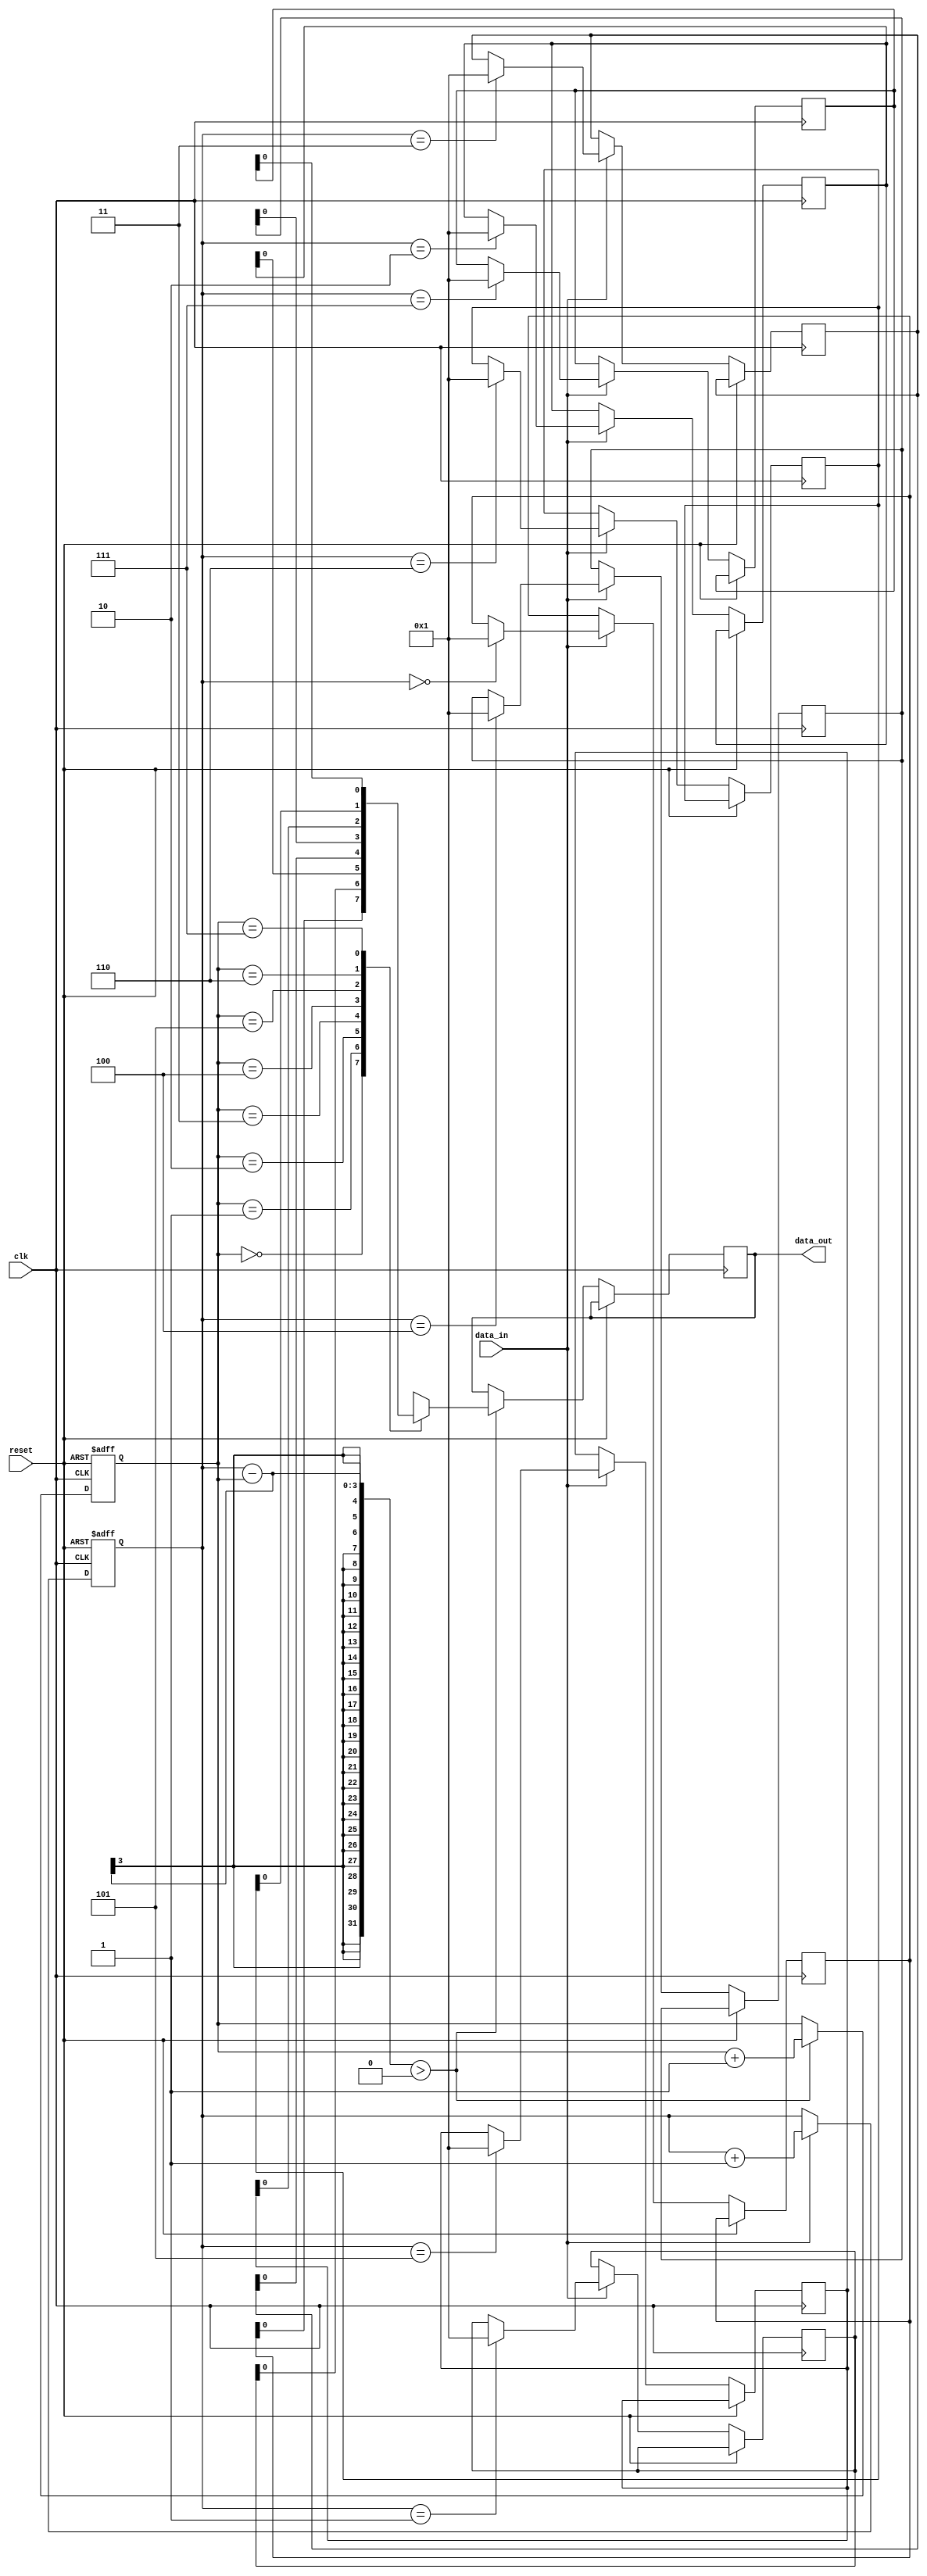
module LIFO (
    input wire clk,
    input wire reset,
    input wire data_in,
    output wire data_out
);

reg [7:0] memory [0:7]; // 8-bit memory block with 8 entries
reg [2:0] head, tail; // Pointers to the head and tail of the LIFO

always @(posedge clk or posedge reset) begin
    if (reset) begin
        head <= 0;
        tail <= 0;
    end else begin
        if (data_in) begin
            memory[tail] <= data_in;
            tail <= tail + 1;
        end
        if (tail - head > 0) begin
            data_out <= memory[head];
            head <= head + 1;
        end
    end
end

endmodule